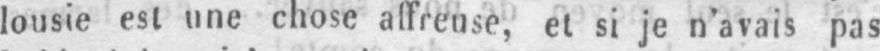
lousie est une chose affreuse, et si je n’avais pas